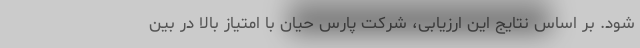
شود. بر اساس نتایج این ارزیابی، شرکت پارس حیان با امتیاز بالا در بین